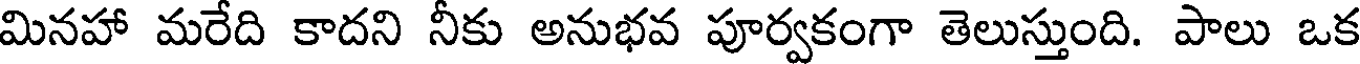
మినహా మరేది కాదని నీకు అనుభవ పూర్వకంగా తెలుస్తుంది. పాలు ఒక